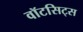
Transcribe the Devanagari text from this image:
वॉटसिट्स